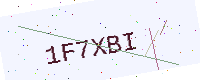
Text: 1F7XBI